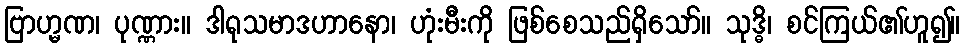
ဗြာဟ္မဏ၊ ပုဏ္ဏား။ ဒါရုသမာဒဟာနော၊ ဟုံးမီးကို ဖြစ်စေသည်ရှိသော်။ သုဒ္ဓိ၊ စင်ကြယ်၏ဟူ၍။